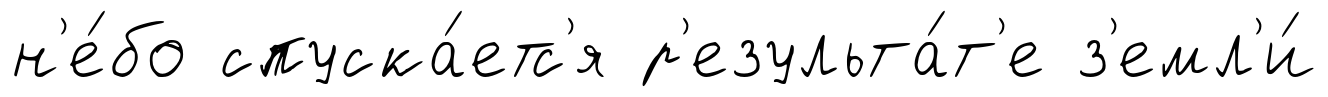
н'е́бо спуска́етс'я р'езульта́т'е з'емл'и́